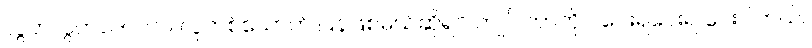
လွတ်လွတ်လပ်လပ် လူတစ်ယောက် ပြန်ဖြစ်မယ်ဆိုရင် ကျုပ် ဘာကိုပဲ ပေးရပေးရ ပေးပါတယ်။